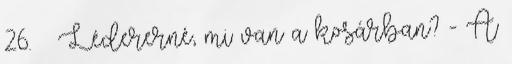
26. ↑ Lédererné, mi van a kosárban? - A